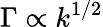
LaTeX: \Gamma\propto k^{1/2}